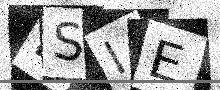
Text: NSIE